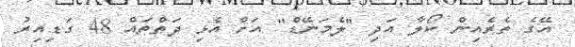
އޭގެ ތެރެއިން ކޯލާ އަދި "ލެމަނޭޑް" އަށް އެޅި ދަތްތައް 48 ގަޑިއިރު